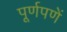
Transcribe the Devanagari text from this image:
पूर्णपणें